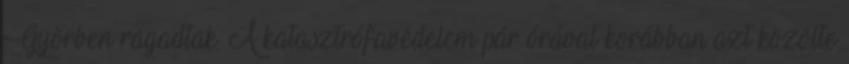
Győrben ragadtak. A katasztrófavédelem pár órával korábban azt közölte